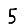
Digit: 5